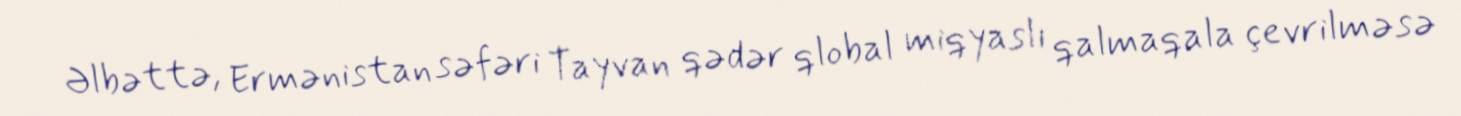
Əlbəttə, Ermənistan səfəri Tayvan qədər qlobal miqyaslı qalmaqala çevrilməsə